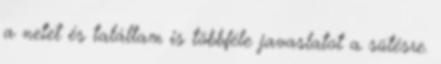
a netet és találtam is többféle javaslatot a sütésre.